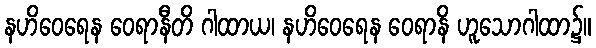
နဟိဝေရေန ဝေရာနီတိ ဂါထာယ၊ နဟိဝေရေန ဝေရာနိ ဟူသောဂါထာ၌။